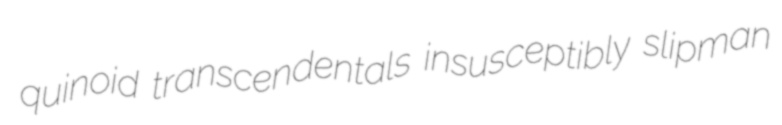
quinoid transcendentals insusceptibly slipman